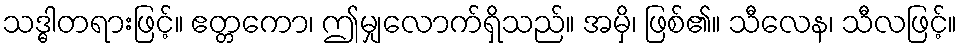
သဒ္ဓါတရားဖြင့်။ ဧတ္တကော၊ ဤမျှလောက်ရှိသည်။ အမှိ၊ ဖြစ်၏။ သီလေန၊ သီလဖြင့်။